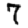
Digit: 7